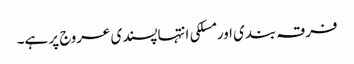
فرقہ بندی اور مسلکی انتہاپسندی عروج پر ہے۔